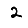
Digit: 2